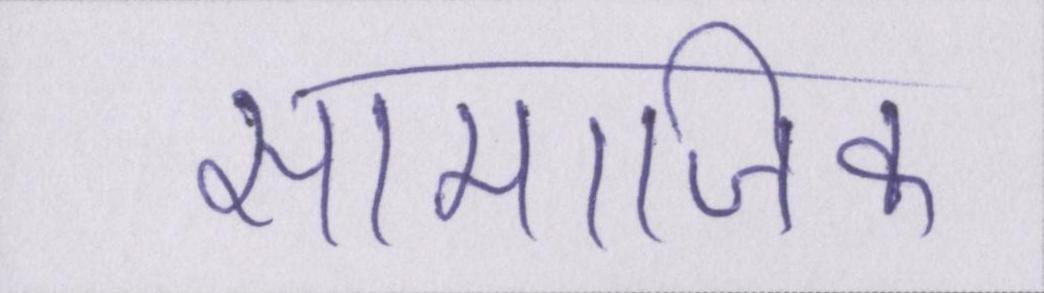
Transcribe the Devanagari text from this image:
सामाजिक